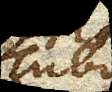
Tubo